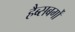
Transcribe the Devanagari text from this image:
हैब्सबर्गों